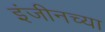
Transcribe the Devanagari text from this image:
इंजीनच्या